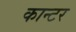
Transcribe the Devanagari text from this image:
कान्टर